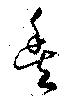
豐